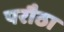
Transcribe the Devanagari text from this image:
परौठा